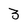
Character: 3